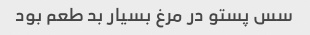
سس پستو در مرغ بسیار بد طعم بود